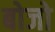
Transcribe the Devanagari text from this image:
बोजो